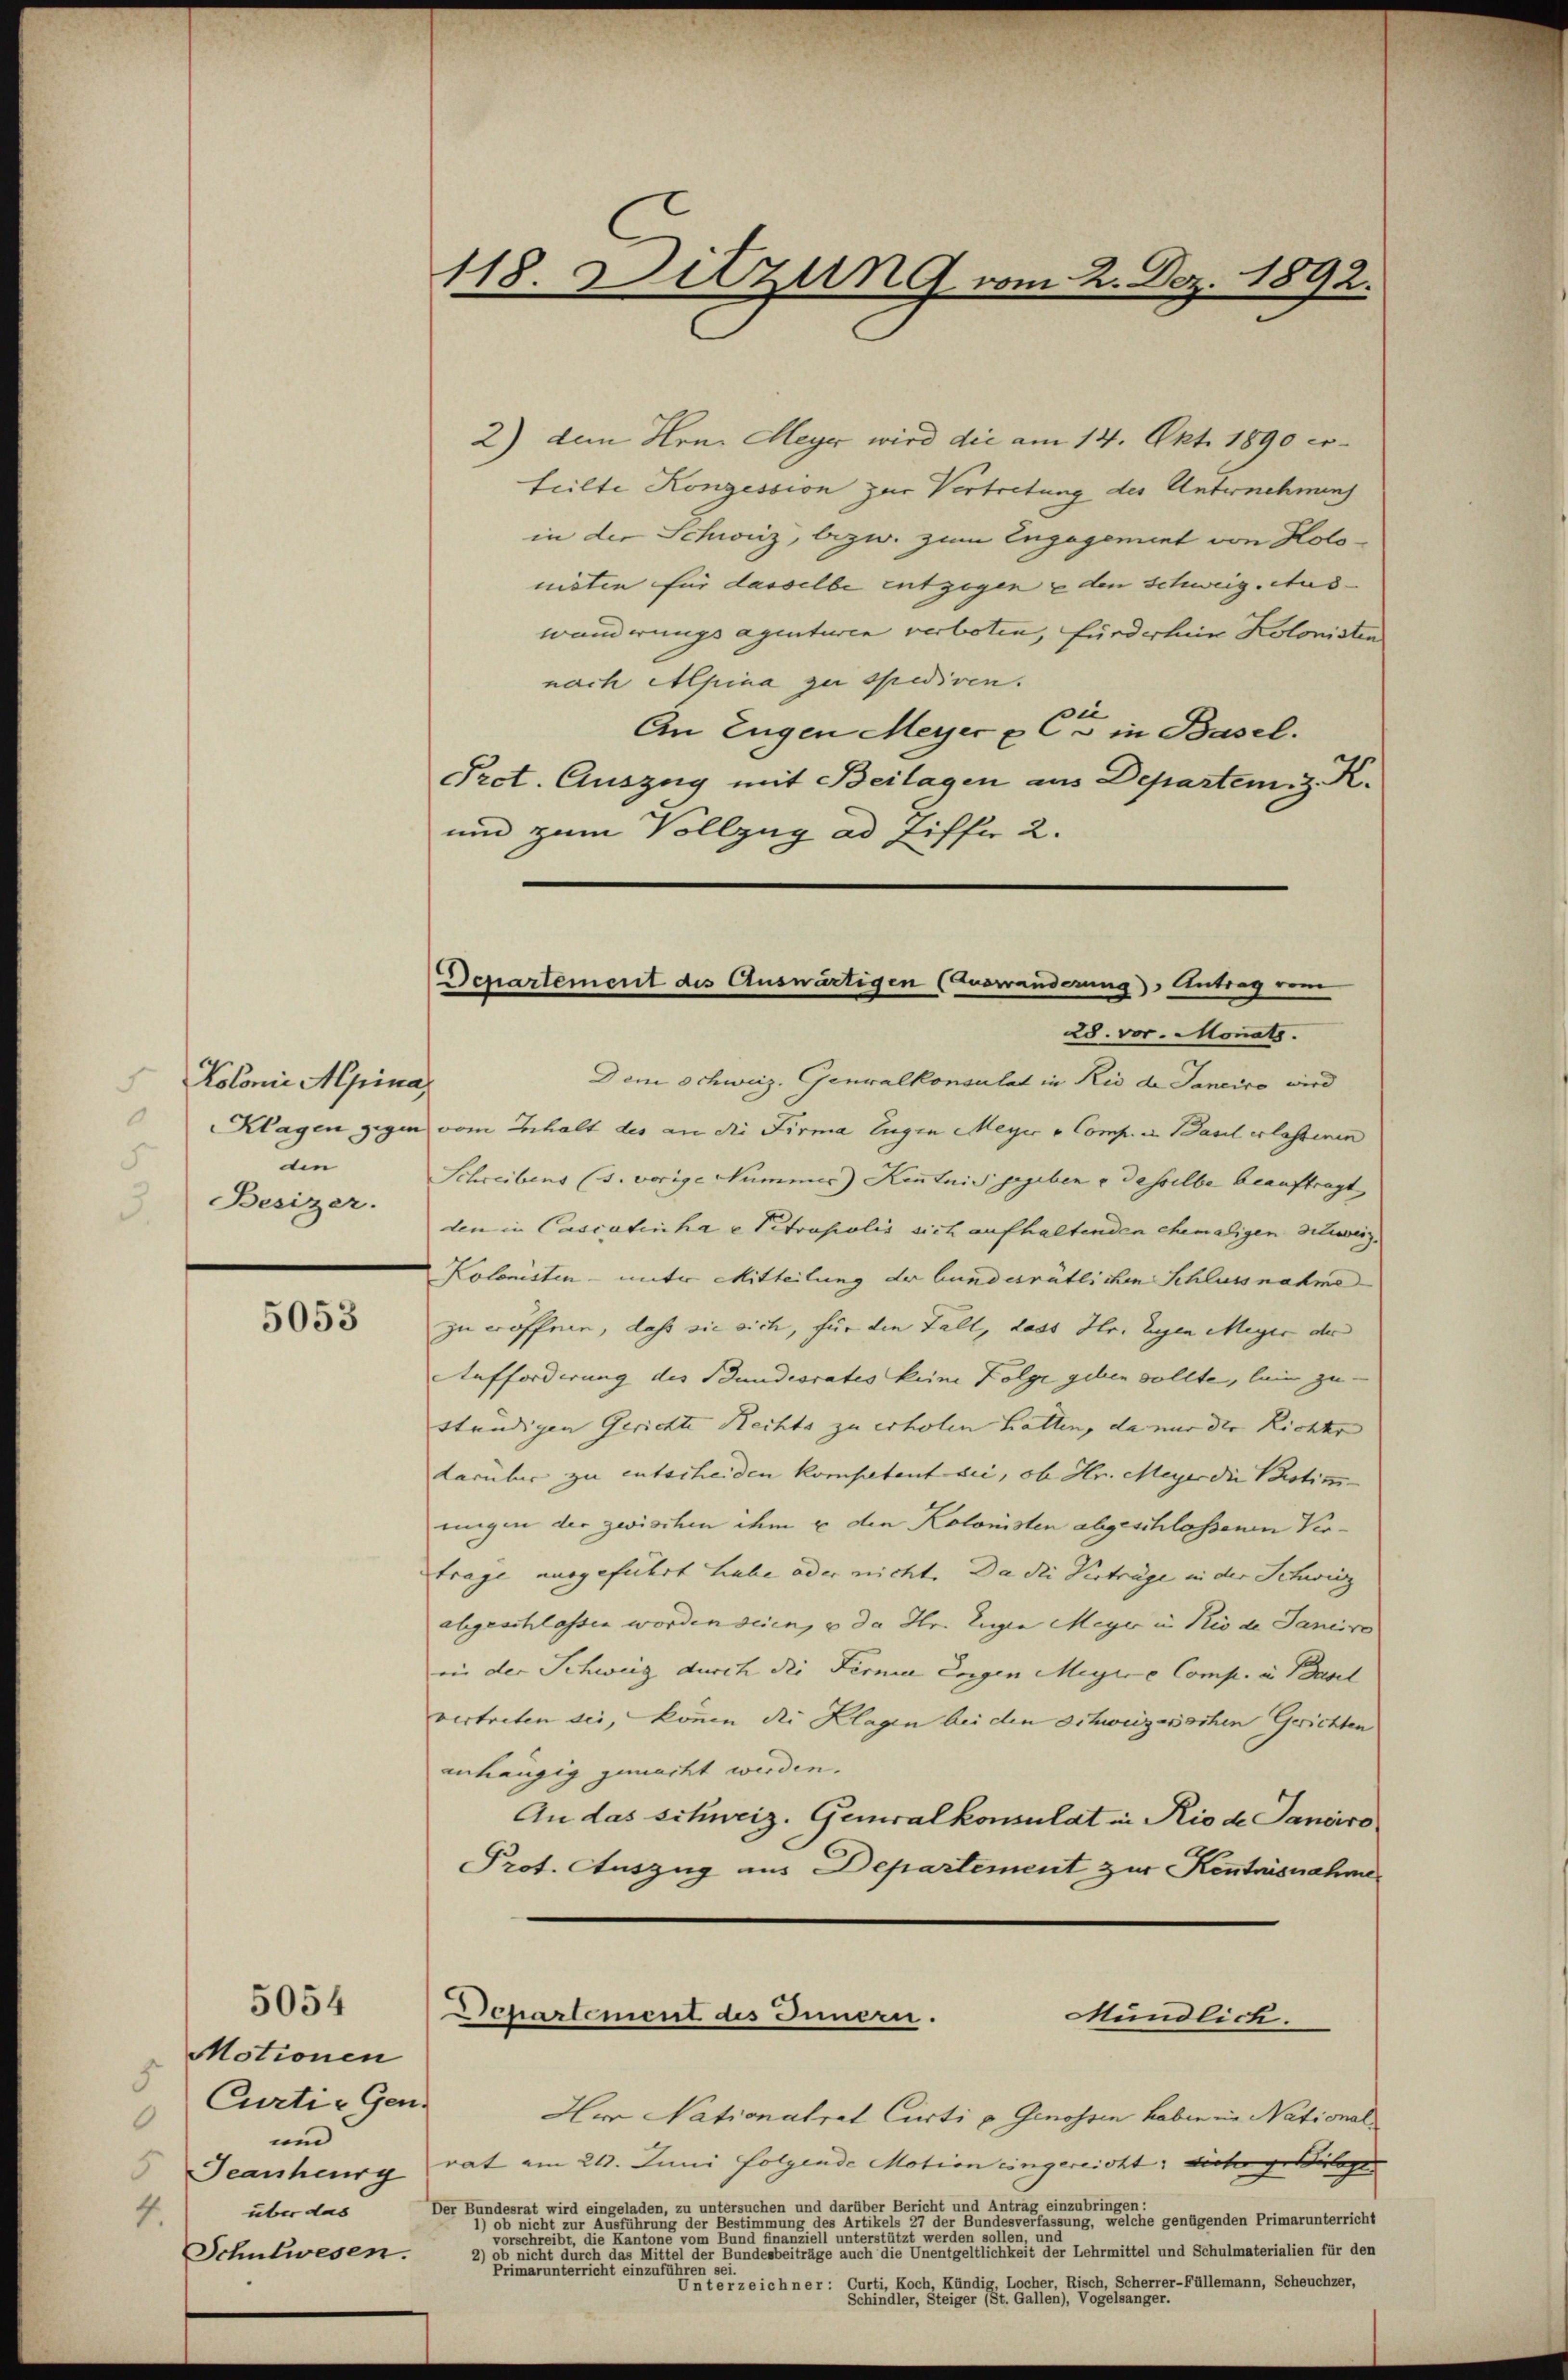
Kolonie Alpina,
Klagen gegen
die
Besizer.

5053

5054

2) dem Hrn. Meyer wird die am 14. Okt. 1890 erteilte Konzession zur Vertretung des Unternehmung
in der Schweiz, bezw. zum Engagement von Holonisten für dasselbe entzogen den schweig. Aus- |
wanderungsagenturen verboten, fürderlier Kolonisten
nach Alpina zu spediren.
An Eugen Meyer & Cie in Basel.
Pret. Auszug mit Beilagen aus Departem. Z. K.
und zum Vollzug ad Ziffer 2.

Motionen
Curtie Gen.
.
und
über das
4.
Schulwesen.

118. Ditzung vom 2. Dez. 1892.

Departement des Auswärtigen (Auswanderung). Antrag vom

28. vor. Monats.
Dem Schweiz. Generalkonsulat in Rio de Janeiro wird
vom Inhalt des an die Firma Eugen Meyer v. Comp. in Basel erlassenen
Schreibens (s. vorige Nummer) Kenntnis gegeben & desselbe beauftragt
den in Cassatinha u Vitrupolis sich aufhaltenden chemaligen dieweiz.
Kolonisten - unter Mitteilung der bundesrätlichen Schlussnahme
zu eröffnen, daß sie sich, für die Fall, dass Hr. Eugen Meyer der
Aufforderung des Bundesrates keine Folge geben sollte, lein zu-
ständigen Gerichte Rechts zu erholen hatten, da nur der Richts
darüber zu entscheiden kompetent sei, ob Hr. Meyer die Protim-
ungen der zwischen ihm u den Kolonisten abgeschlossenen Vertrage ausgeführt habe oder nicht. Da die Verträge in der Schwing
abgeschlassen worden seien, u da Hr. Eugen Meyer in Rio de Janeiro
in der Schweiz durch die Ferner Eigen Meyere Comp. in Basel
vertreten sei, könne die Klagen bei den Schweizwochen Gerichten
anhängig gemacht werden.
An das schweiz. Generalkonsulat in Rio de Sanciro
Prot. Auszug aus Departement zur Kenntnisnahme
Departement des Innern.
Mündlich.
Her Nationalrat Curti u. Genossen haben in National¬
 Jeanheurg rat am 20. Juni folgende Motion eingereicht: dieser geleg
Der Bundesrat wird eingeladen, zu untersuchen und darüber Bericht und Antrag einzubringen:
                                der Bestimmung des Artikels 27 der Bundesverfassung, welche genügenden Primarunterricht
                                                                        inter ein werden seine einer
2) ob nicht durch das Mittel der Bundesbeiträge auch die Unentgeltlichkeit der Lehrmittel und Schulmaterialien für den
Primarunterricht einzuführen sei.
Unterzeichner: Curti, Koch, Kündig, Locher, Risch, Scherrer-Füllemann, Scheuchzer,
Schindler, Steiger St. Gallen), Vogelsanger.